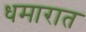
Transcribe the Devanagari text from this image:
धमारात